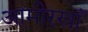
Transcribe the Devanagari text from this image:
आमीरखाँ